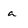
Character: a